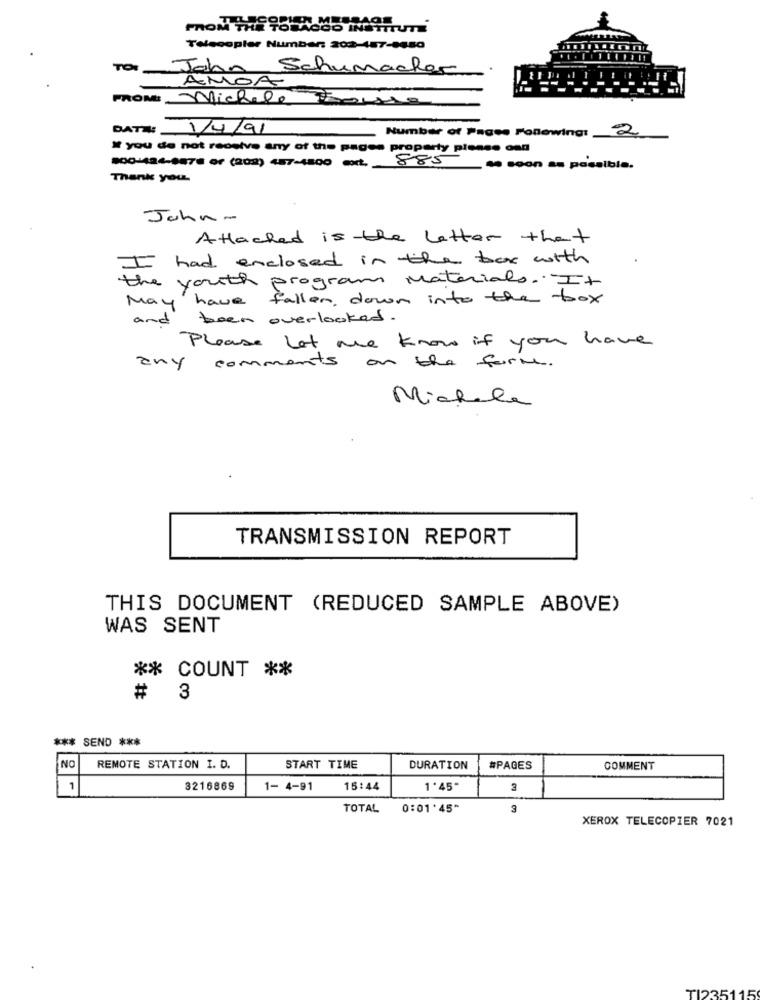
Telecopier Number: 202-467-8680
TO: Jahn Schumacher
AMOA
FROM: Michele Brousse
DATE: 1/4/91
Number of Pages Following:
2
If you do not receive any of the pages proparty piense cad
800-484-8876 OF (208) 487-4800 ext.
885 so soon as possible.
Thank you.
John-
Attached is the letter that
I had enclosed in the box with
the youth program Materials. It
May have fallen, down into the -box
been overlooked .
and
Please let me know if you have
any comments on the force.
Michele
TRANSMISSION REPORT
THIS DOCUMENT (REDUCED SAMPLE ABOVE)
WAS SENT
** COUNT **
#
3
*** SEND ***
NO
REMOTE STATION I. D.
START TIME
DURATION
#PAGES
COMMENT
1
8216869
1- 4-91
15:44
1'45"
TOTAL 0:01.45"
3
XEROX TELECOPIER 7021
T1235